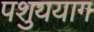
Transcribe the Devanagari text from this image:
पशुययाग